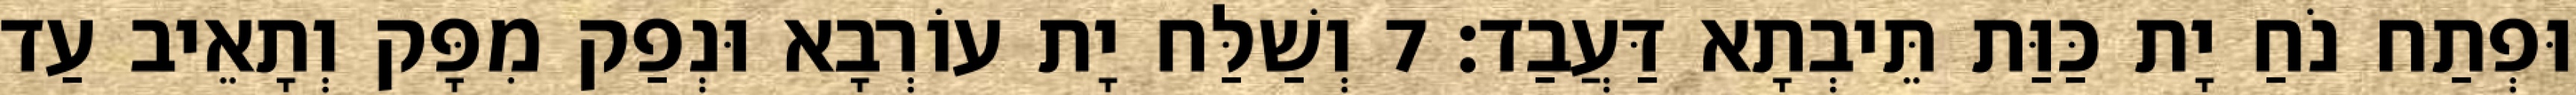
וּפְתַח נֹחַ יָת כַּוַּת תֵּיבְתָא דַּעֲבַד׃ 7 וְשַׁלַּח יָת עוֹרְבָא וּנְפַק מִפָּק וְתָאֵיב עַד